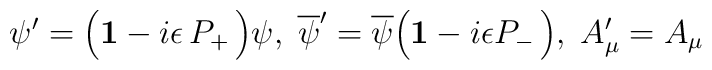
\psi^\prime = \Big({\bf 1} -i \epsilon\, P_+\,\Big) \psi, \; {\overline \psi}^\prime = {\overline \psi}\Big( {\bf 1}-i \epsilon  P_- \,\Big), \; A^\prime_\mu =  A_\mu